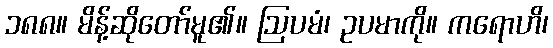
၁၈၈။ မိန့်ဆိုတော်မူ၏။ ဩပမံ၊ ဥပမာကို။ ကရောဟိ၊